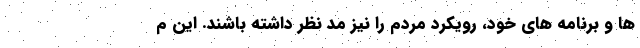
ها و برنامه های خود، رویکرد مردم را نیز مد نظر داشته باشند. این م